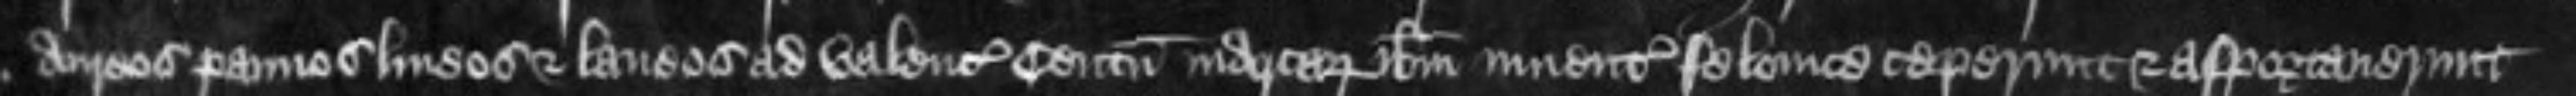
aureos pannos lineos et laneos ad valenciam centum marcarum ibidem inuenta felonice ceperunt et asportaverunt